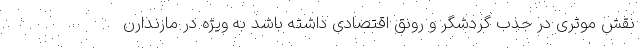
نقش موثری در جذب گردشگر و رونق اقتصادی داشته باشد به ویژه در مازندارن